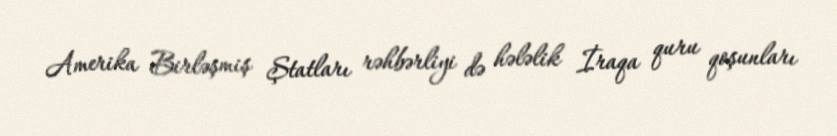
Amerika Birləşmiş Ştatları rəhbərliyi də hələlik İraqa quru qoşunları